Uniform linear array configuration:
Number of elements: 4
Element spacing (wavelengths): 0.75
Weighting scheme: kaiser
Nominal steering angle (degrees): -60
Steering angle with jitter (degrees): -60.966
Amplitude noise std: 0.05
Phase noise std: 0.05

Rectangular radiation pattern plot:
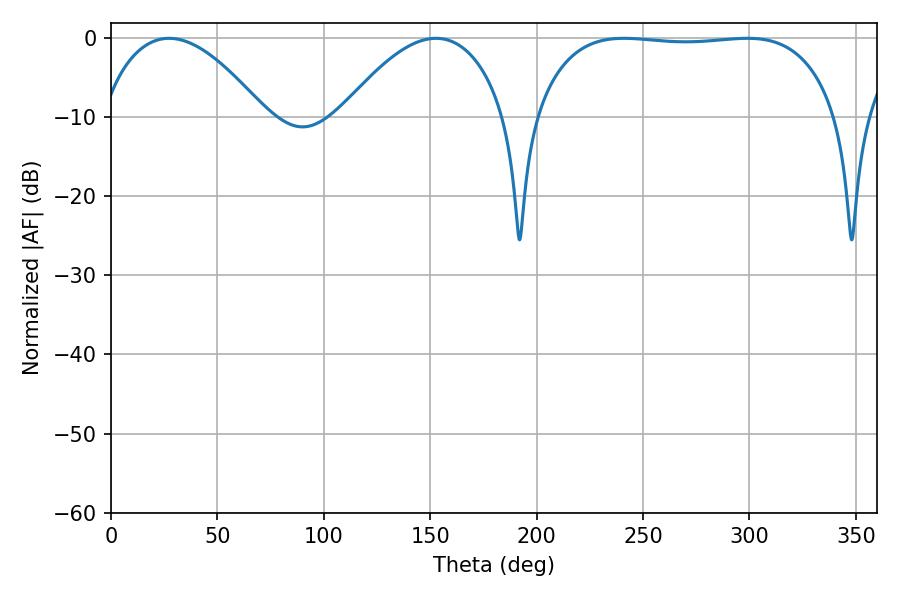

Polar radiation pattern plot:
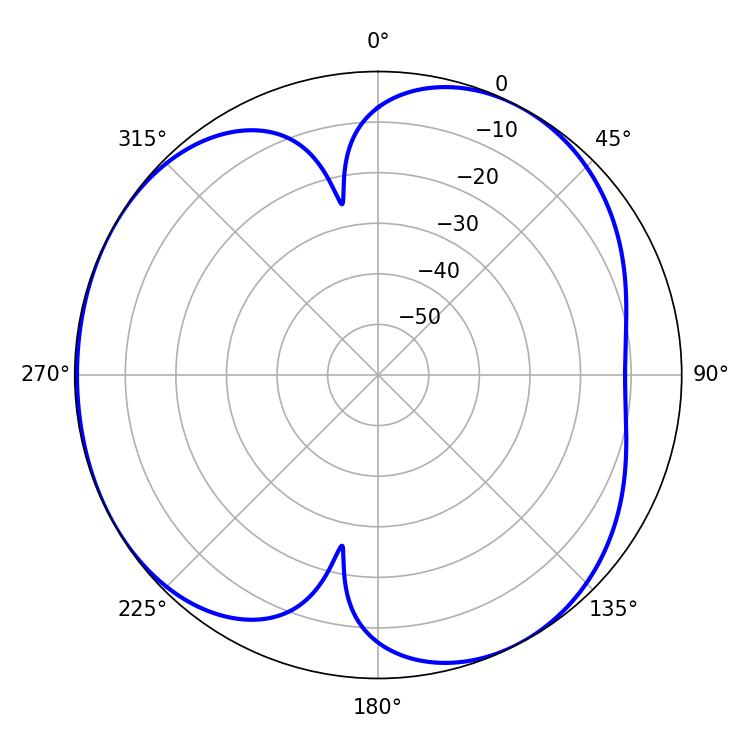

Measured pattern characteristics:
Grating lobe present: TRUE
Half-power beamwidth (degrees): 111.96
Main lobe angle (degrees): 241.02